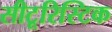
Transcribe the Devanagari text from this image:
सीटूरिस्टिक